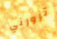
تزورني